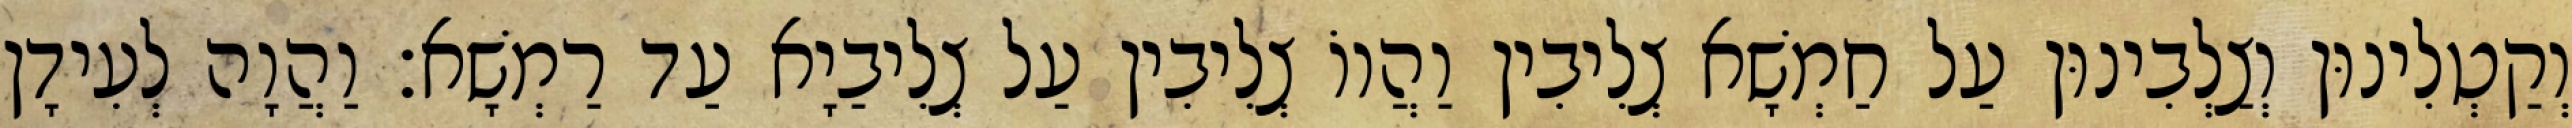
וְקַטְלִינוּן וְצַלְבִינוּן עַל חַמְשָׁא צְלִיבִין וַהֲווֹ צְלִיבִין עַל צְלִיבַיָא עַד רַמְשָׁא׃ וַהֲוָה לְעִידָן